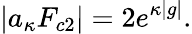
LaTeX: \left|a_{\kappa}F_{c2}\right|=2e^{\kappa|g|}.